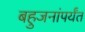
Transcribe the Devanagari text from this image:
बहुजनांपर्यंत